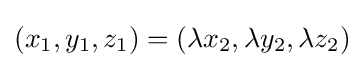
(x_{1},y_{1},z_{1})=(\lambda x_{2},\lambda y_{2},\lambda z_{2})